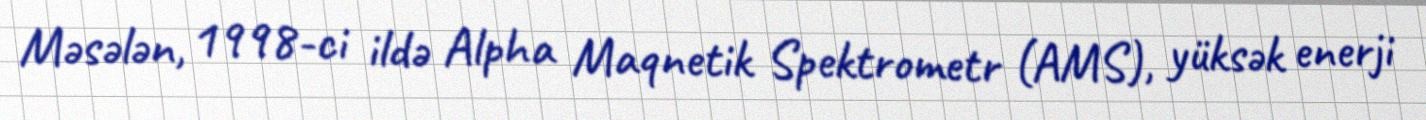
Məsələn, 1998-ci ildə Alpha Maqnetik Spektrometr (AMS), yüksək enerji